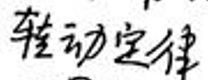
转动定律